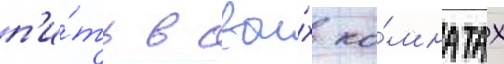
п'и́ть в свои́х ко́мнатах